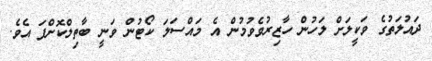
ދައުލަތުގެ ވަކީލަށް ލަހުން ހާޒިރުވެވުމުން އެ މައްސަލަ ކޯޓުން ވަނީ ބާތިލްކޮށްފަ އެވެ.